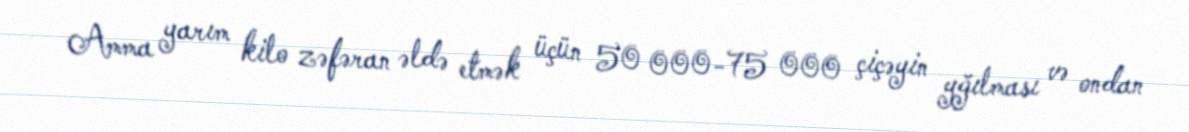
Amma yarım kilo zəfəran əldə etmək üçün 50 000-75 000 çiçəyin yğılması və ondan